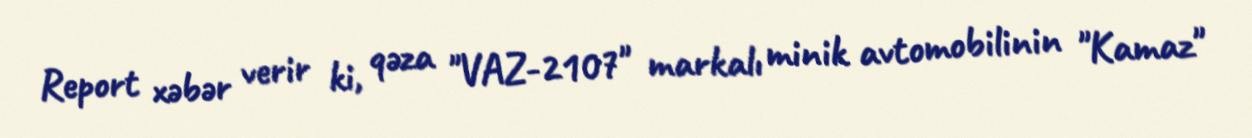
Report xəbər verir ki, qəza "VAZ-2107" markalı minik avtomobilinin "Kamaz"